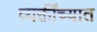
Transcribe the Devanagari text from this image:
व्यक्तींच्यात